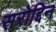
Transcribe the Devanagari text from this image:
सरोद्दिन